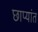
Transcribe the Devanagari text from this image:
छाप्यांत